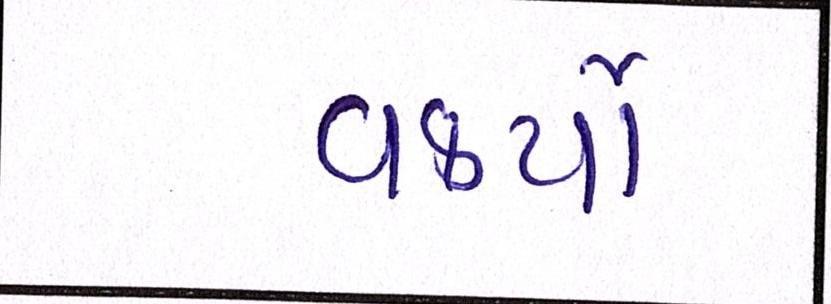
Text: વકર્યો